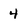
Character: 4